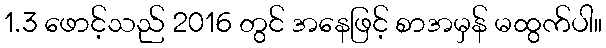
1.3 ဖောင့်သည် 2016 တွင် အနေဖြင့် စာအမှန် မထွက်ပါ။